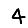
Digit: 4